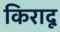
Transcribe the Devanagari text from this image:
किरादू